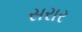
સરાર